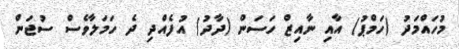
މުހައްމަދު (ހަމްޕު) އާއި ނާއިޒް ހަސަން (ދާދު) އުފެއްދި ދެ ހަމަލާވެސް ސުޖަން